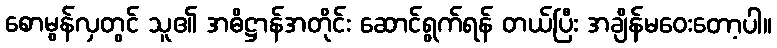
စောမွန်လှတွင် သူ၏ အဓိဋ္ဌာန်အတိုင်း ဆောင်ရွက်ရန် တယ်ပြီး အချိန်မဝေးတော့ပါ။